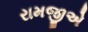
રામજીએ